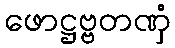
ဖောဋ္ဌဗ္ဗတဏှံ